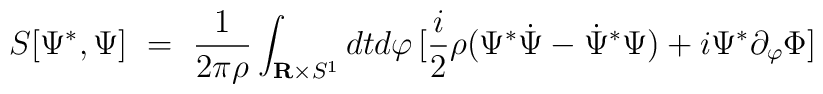
S[\Psi^*,\Psi]\ =\ {1\over 2\pi\rho}\int_{{\bf R}\times S^1} dtd\varphi\, [{i\over 2}\rho(\Psi^*{\dot \Psi}-{\dot\Psi}^*\Psi)+i\Psi^*\partial_\varphi\Phi ]